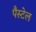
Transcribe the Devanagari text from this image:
पैस्टेल